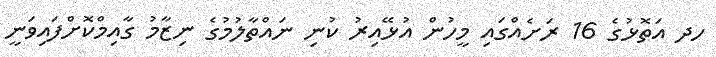
ހދ އަތޮޅުގެ 16 ރަށެއްގައި މީހުން އުޅޭއިރު ކުނި ނައްތާލުމުގެ ނިޒާމު ގާއިމްކޮށްފައިވަނީ